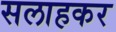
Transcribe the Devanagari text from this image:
सलाहकर